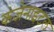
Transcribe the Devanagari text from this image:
कंजेनाइटल